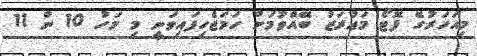
މިއަހަރުގެ ފޮޓޯ މަޢުރަޒު ބޭއްވުމަށް ހަމަޖެހިފައިވަނީ މި މަހު 10 ން 11